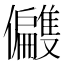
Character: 𫤑